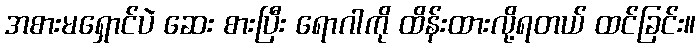
အစားမရှောင်ပဲ ဆေး စားပြီး ရောဂါကို ထိန်းထားလို့ရတယ် ထင်ခြင်း။